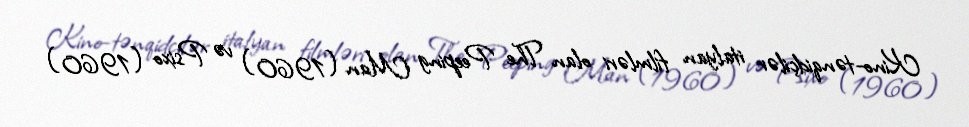
Kino-tənqidçilər italyan filmləri olan The Peeping Man (1960) və Psixo (1960)